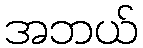
အဘယ်